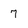
Character: 7